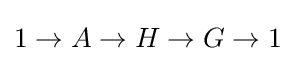
1\to A\to H\to G\to 1\!